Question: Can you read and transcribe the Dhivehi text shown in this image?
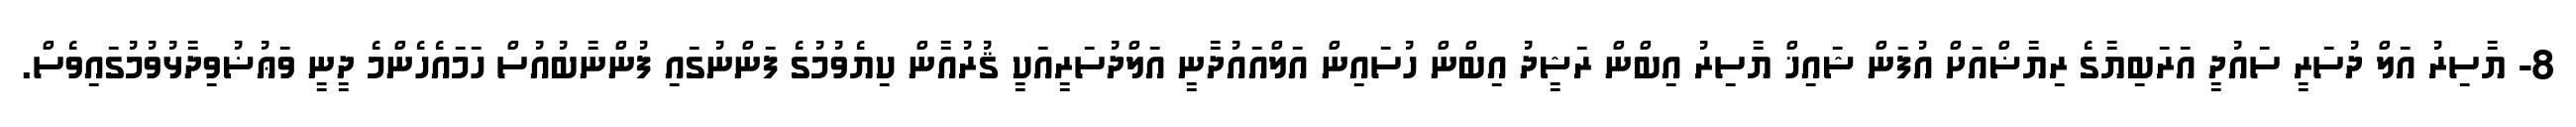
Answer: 8- ޔާސިރު އަލް ދުސަރީ ސައުދީ އަރަބިޔާގެ ރިޔާޟްއަށް އުފަން ޝައިޚް ޔާސިރު އިބްން ރަޝީދު އިބްން ހުސައިން އަލްއައުދާނީ އަލްދުސަރީއަކީ ޤުރުއާން ކިޔެވުމުގެ ފަންނުގައި ފުންނާބުއުސް ހަމައެހެންމެ ދީނީ ވަޢުޟުވިދާޅުވުމުގައިވެސް.